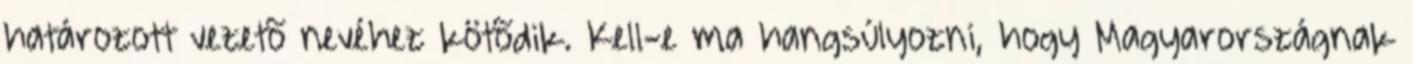
határozott vezetõ nevéhez kötõdik. Kell-e ma hangsúlyozni, hogy Magyarországnak